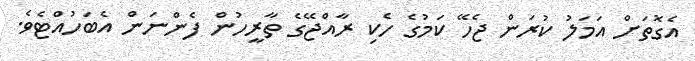
އެގޮތަށް އަމަލު ކުރަން ޖެހޭ ކަމުގެ ހެކި ރާއްޖޭގެ ތާރީހުން ފެންނަން އެބަހުއްޓެވެ.